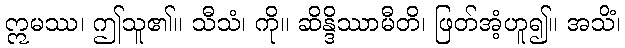
ဣမဿ၊ ဤသူ၏။ သီသံ၊ ကို။ ဆိန္ဒိဿာမီတိ၊ ဖြတ်အံ့ဟူ၍။ အသိံ၊